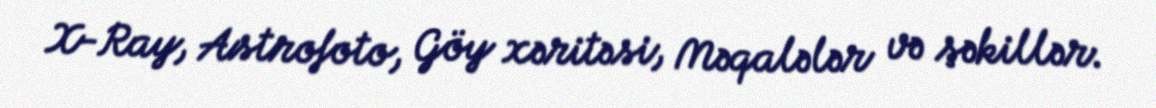
X-Ray, Astrofoto, Göy xəritəsi, Məqalələr və şəkillər.